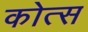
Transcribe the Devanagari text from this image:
कोत्स